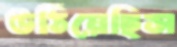
উঠিয়েছিস